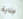
جناية